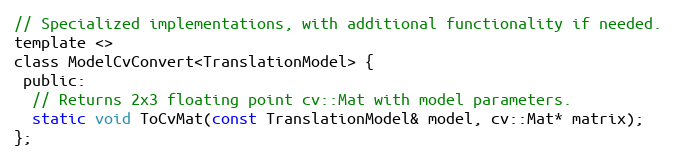
Language: C
// Specialized implementations, with additional functionality if needed.
template <>
class ModelCvConvert<TranslationModel> {
 public:
  // Returns 2x3 floating point cv::Mat with model parameters.
  static void ToCvMat(const TranslationModel& model, cv::Mat* matrix);
};